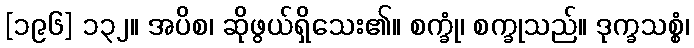
[၁၉၆] ၁၃၂။ အပိစ၊ ဆိုဖွယ်ရှိသေး၏။ စက္ခုံ၊ စက္ခုသည်။ ဒုက္ခသစ္စံ၊